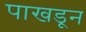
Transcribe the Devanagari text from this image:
पाखडून